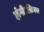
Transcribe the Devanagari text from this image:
होगी।फ़िल्म